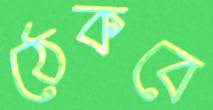
ঠেকবে